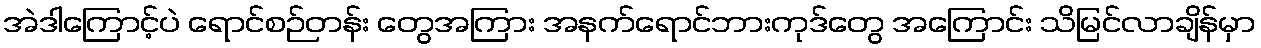
အဲဒါကြောင့်ပဲ ရောင်စဉ်တန်း တွေအကြား အနက်ရောင်ဘားကုဒ်တွေ အကြောင်း သိမြင်လာချိန်မှာ